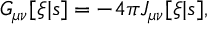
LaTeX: G _ { \mu \nu } [ \xi | s ] = - 4 \pi J _ { \mu \nu } [ \xi | s ] ,